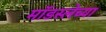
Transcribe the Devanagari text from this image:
मॉडस्लेच्या